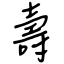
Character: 壽